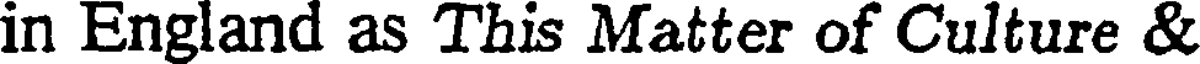
in England as This Matter of Culture &